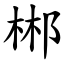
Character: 郴